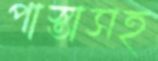
পাস্তাসহ